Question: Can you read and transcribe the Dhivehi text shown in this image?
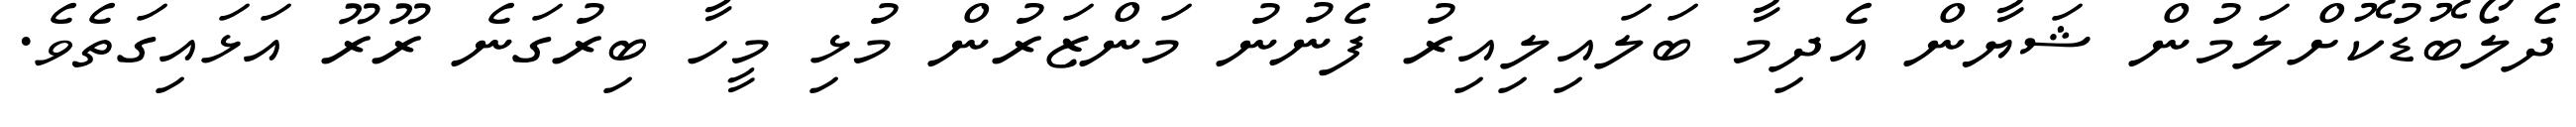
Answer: ދެލޯބޮޑުކޮށްލަމުން ޝަޔާން އެދިމާ ބަލައިލިއިރު ފެނުނު މަންޒަރުން މުޅި މީހާ ބިރުގަނެ ރޫރޫ އަޅައިގަތެވެ.